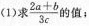
(1)求$$\frac { 2 a + b } { 3 c }$$ 的值；